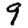
Digit: 9